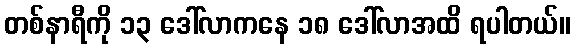
တစ်နာရီကို ၁၃ ဒေါ်လာကနေ ၁၈ ဒေါ်လာအထိ ရပါတယ်။